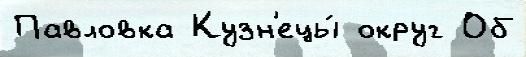
Павловка Кузн'ецы́ округ Об